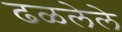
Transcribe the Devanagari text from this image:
ढळलेले